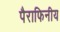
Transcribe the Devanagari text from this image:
पैराफिनीय